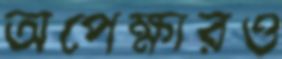
অপেক্ষারও